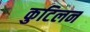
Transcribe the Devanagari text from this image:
कुटिलन